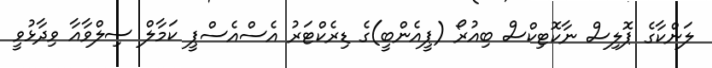
ލަންކާގެ ޕޮލިސް ނާކޮޓިކްސް ބިއުރޯ (ޕީއެންބީ)ގެ ޑިރެކްޓަރު އެސްއެސްޕީ ކަމާލް ސިލްވާއާ ވިދާޅުވީ